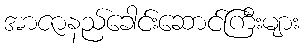
အာဇာနည်ခေါင်းဆောင်ကြီးများ